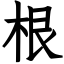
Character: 根